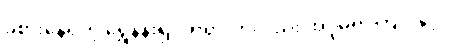
ခံစားနေရတဲ့ ရွှေနန်းရှင်ဘုရားကိုလည်း အပူမရှာကြပါနှင့်။